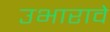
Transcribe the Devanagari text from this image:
उभारावे